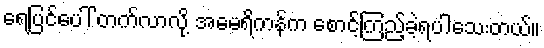
ရေပြင်ပေါ် တက်လာလို့ အမေရိကန်က စောင့်ကြည့်ခဲ့ရပါသေးတယ်။